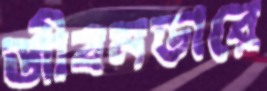
জীবনডারে